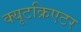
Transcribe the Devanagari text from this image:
क्यूटक्रिएटर